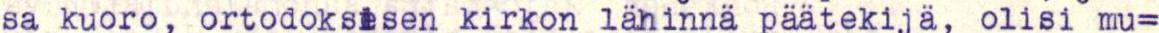
sa kuoro, ortodoksisen kirkon lähinnä päätekijä, olisi mu=